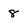
Character: 8